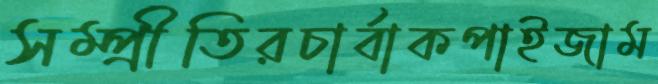
সম্প্রীতিরচার্বাকপাইজাম